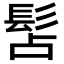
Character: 𩬑